Leningradi_Edasi_toimetus, lk 47
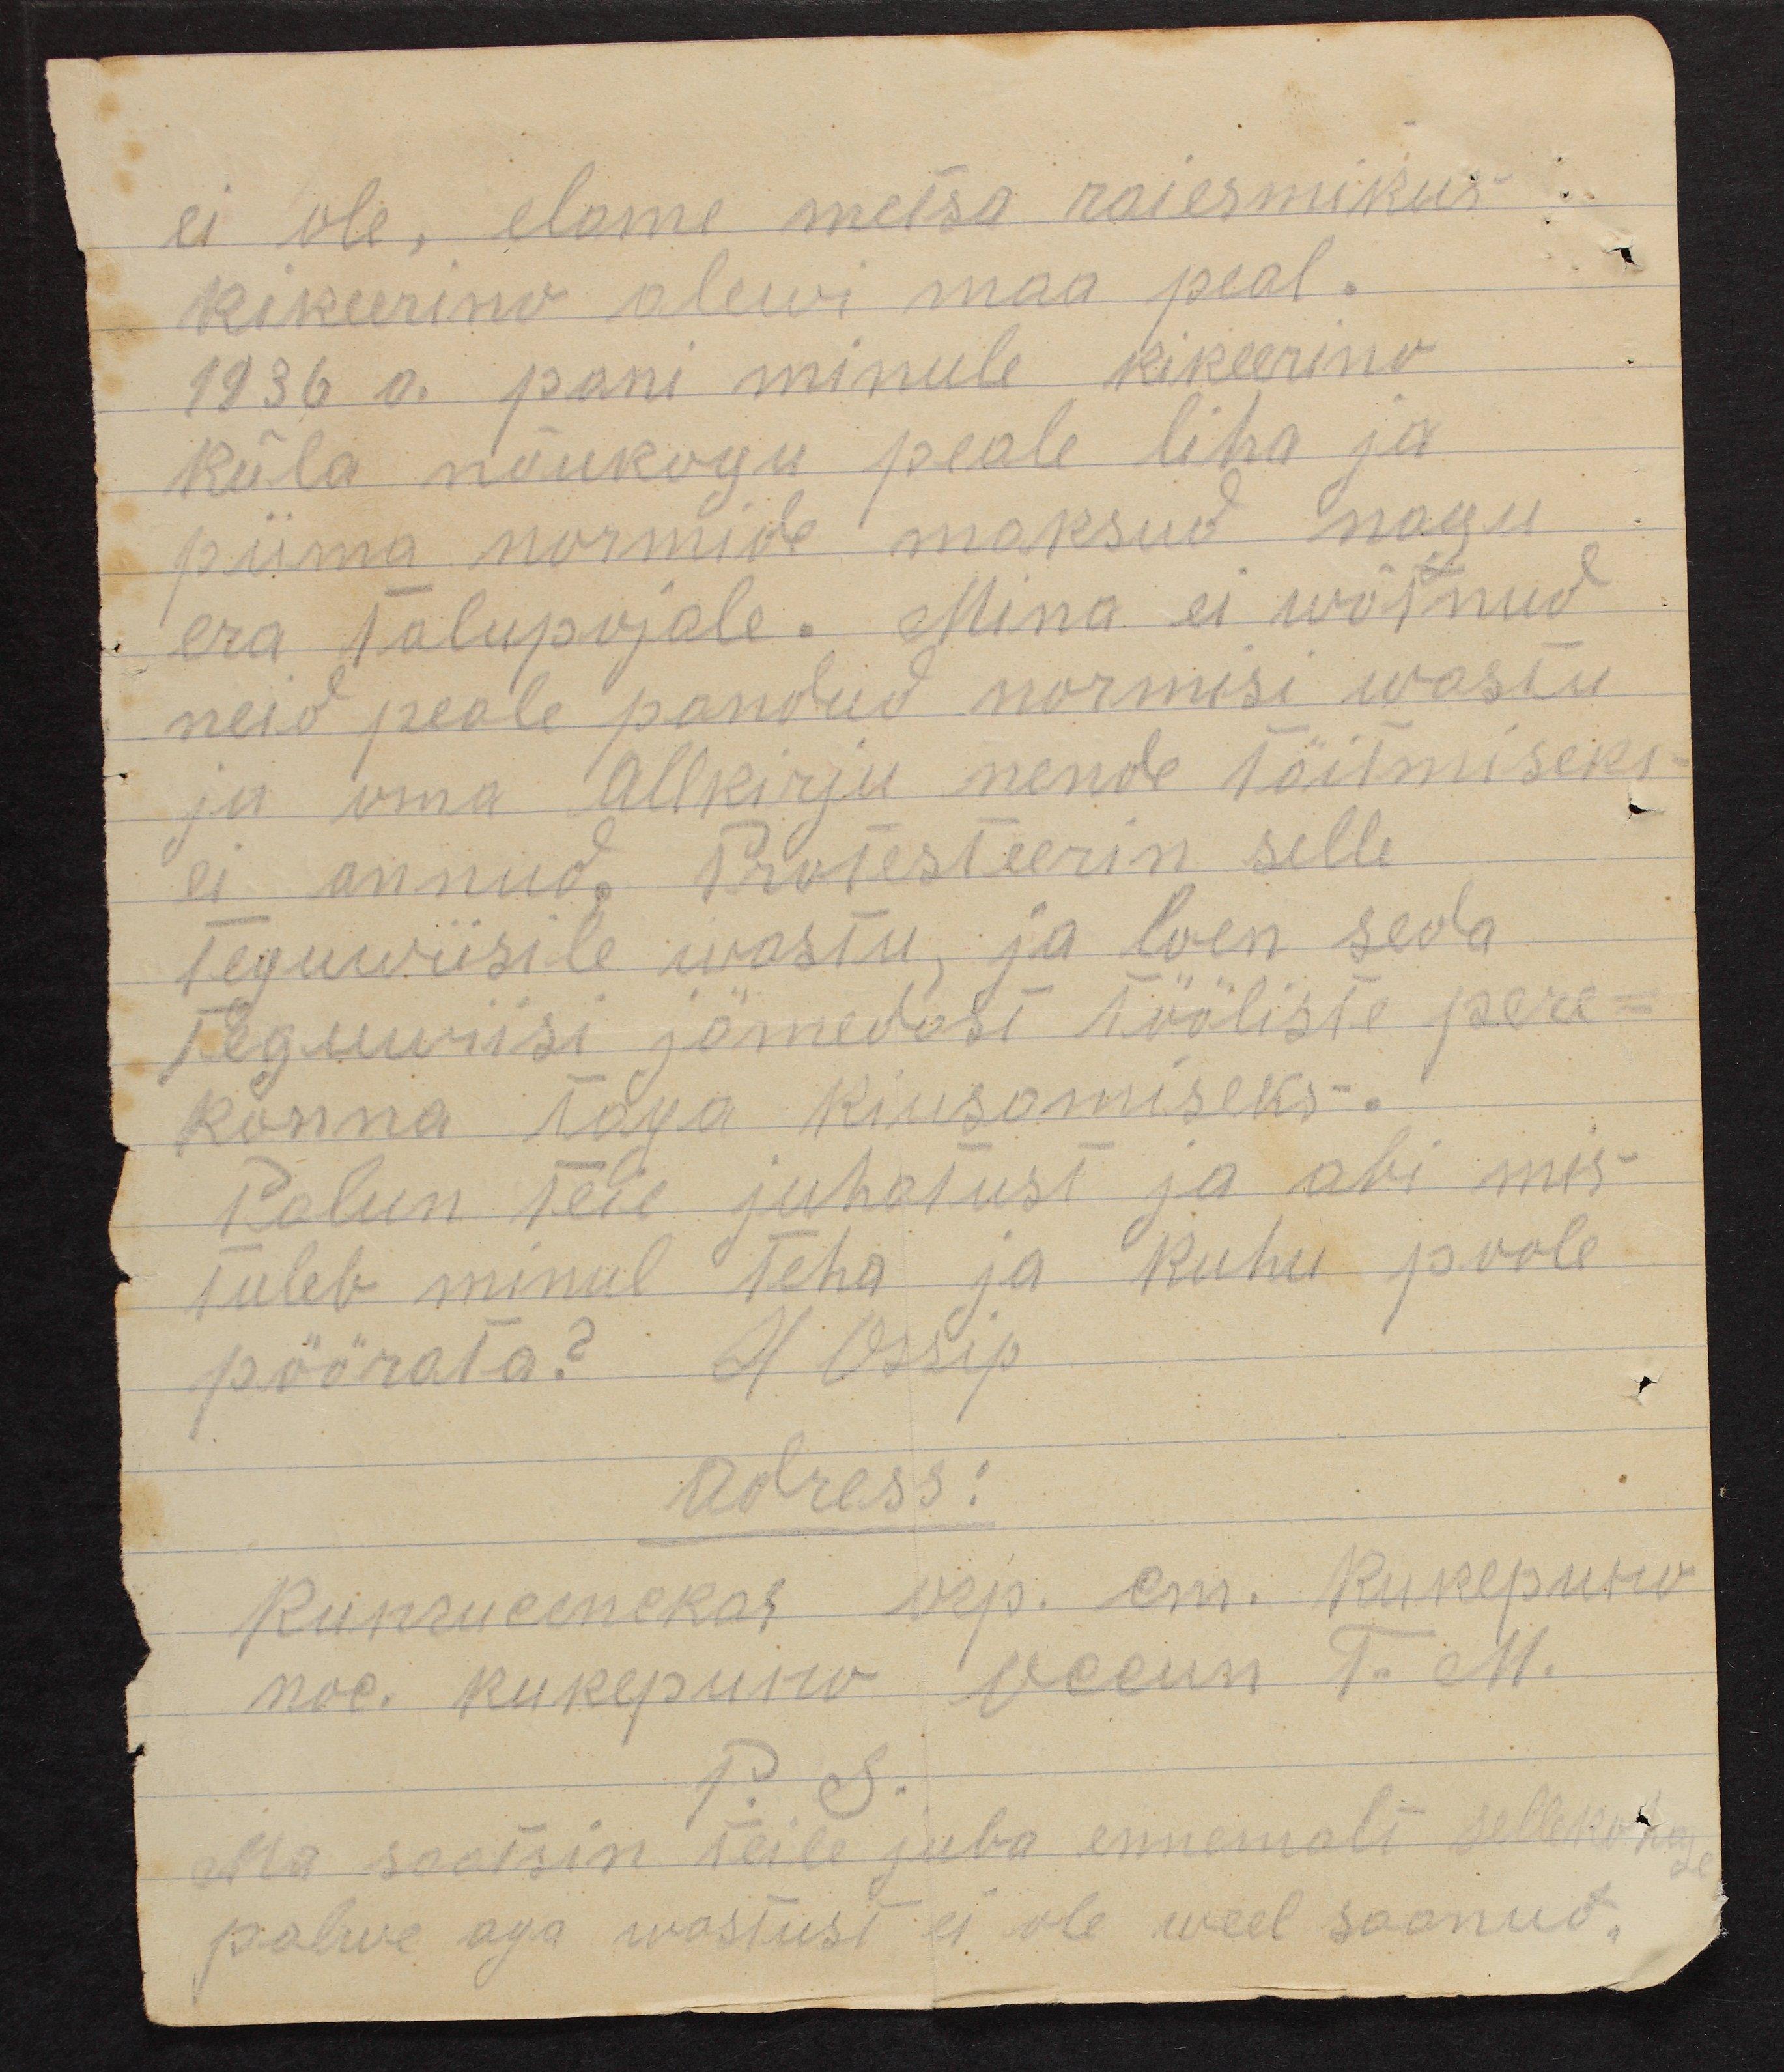
ei ole, elame metsa raiesmikus
Kikeerino alewi maa peal.
1936 a. pani minule kikeerino
küla nõukogu peale liha ja
piima normide maksud nagu
era talupojale. Mina ei wõtnud
neid peale pandud normisi wastu.
ja oma allkirju nende täitmiseks
ei annud. Protesteerin selle
teguwiisile wastu ja loen seda
teguwiisi jämedast tööliste pere-
konna taga kiusamiseks.
palun teie juhatust ja abi mis-
tuleb minul teha ja kuhu poole
pöörata? Н. Ossip
adress:
P. S.
Ma saatsin teile juba ennemalt sellekohta
palwe aga wastust ei ole weel saanud.